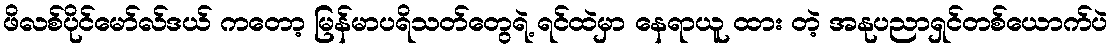
ဖိလစ်ပိုင်မော်လ်ဒယ် ကတော့ မြန်မာပရိသတ်တွေရဲ့ ရင်ထဲမှာ နေရာယူ ထား တဲ့ အနုပညာရှင်တစ်ယောက်ပဲ